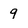
Character: 9